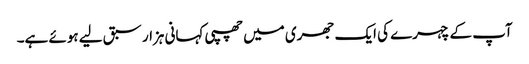
آپ کے چہرے کی ایک جھری میں چھپی کہانی ہزار سبق لیے ہوئے ہے۔